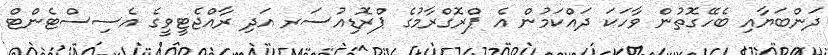
ދަންބަޔާއި ބެހޭގޮތުން ވާހަކަ ދައްކަމުން އެ ޕްރޮގްރާމުގެ ޕްރޮޑިއުސަރ އަދި ރާއްޖެޓީވީގެ އެސިސްޓެންޓް